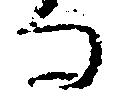
る